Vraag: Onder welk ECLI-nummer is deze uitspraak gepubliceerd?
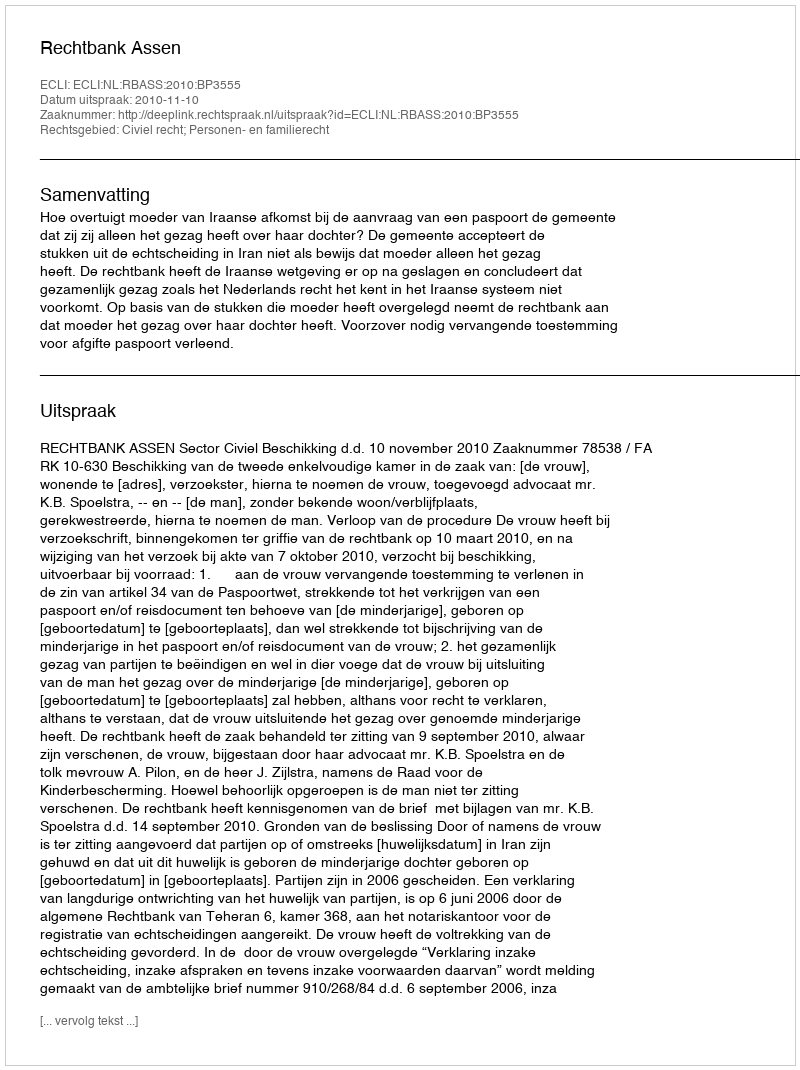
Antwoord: ECLI:NL:RBASS:2010:BP3555